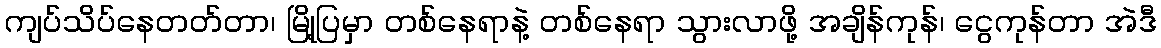
ကျပ်သိပ်နေတတ်တာ၊ မြို့ပြမှာ တစ်နေရာနဲ့ တစ်နေရာ သွားလာဖို့ အချိန်ကုန်၊ ငွေကုန်တာ အဲဒီ